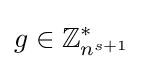
g\in \mathbb {Z} _{n^{s+1}}^{*}